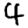
Digit: 4